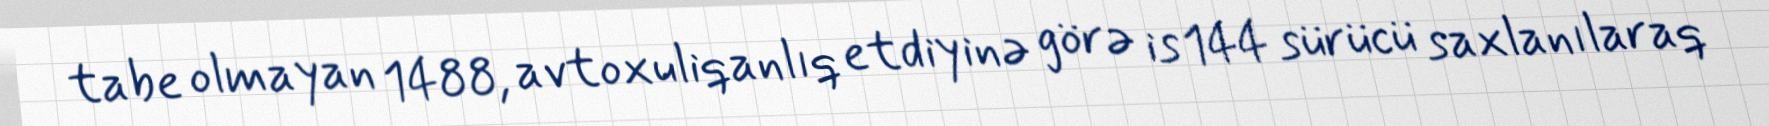
tabe olmayan 1488, avtoxuliqanlıq etdiyinə görə is 144 sürücü saxlanılaraq